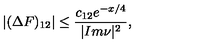
| ( \Delta F ) _ { 1 2 } | \leq \frac { c _ { 1 2 } e ^ { - x / 4 } } { | I m \nu | ^ { 2 } } ,